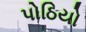
પોઠિયો